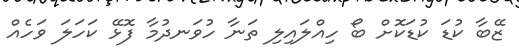
ޒޭބާ ކުޑަ ކުޑަކޮށް ބޯ ހިއްލައިލި ތަނާ ހުވަނދުމާ ފޮޅޭ ކަހަލަ ވަހެއް